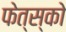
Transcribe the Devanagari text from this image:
फेत्स्को